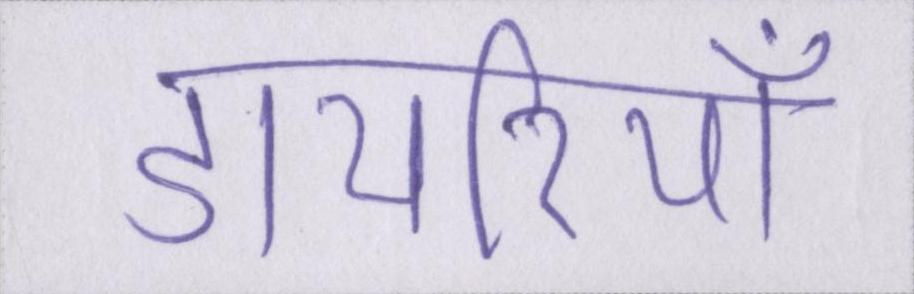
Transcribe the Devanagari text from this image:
डायरियाँ